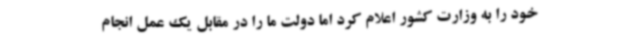
خود را به وزارت کشور اعلام کرد اما دولت ما را در مقابل یک عمل انجام